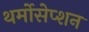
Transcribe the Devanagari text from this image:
थर्मोसेप्शन